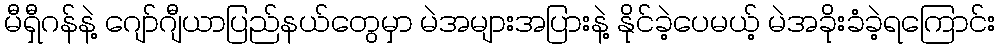
မီရှီဂန်နဲ့ ဂျော်ဂျီယာပြည်နယ်တွေမှာ မဲအများအပြားနဲ့ နိုင်ခဲ့ပေမယ့် မဲအခိုးခံခဲ့ရကြောင်း